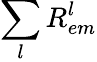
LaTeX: \sum_{l}R_{em}^{l}